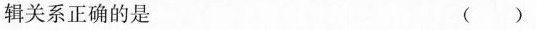
辑关系正确的是 ()